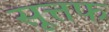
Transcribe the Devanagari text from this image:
सूत्तफ